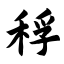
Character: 稃